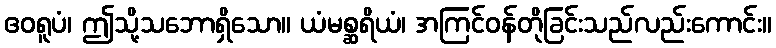
ဧဝရူပံ၊ ဤသို့သဘောရှိသော။ ယံမစ္ဆရိယံ၊ အကြင်ဝန်တိုခြင်းသည်လည်းကောင်း။